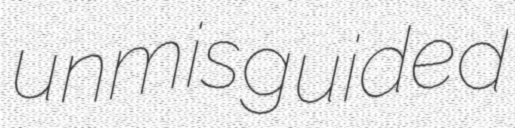
unmisguided